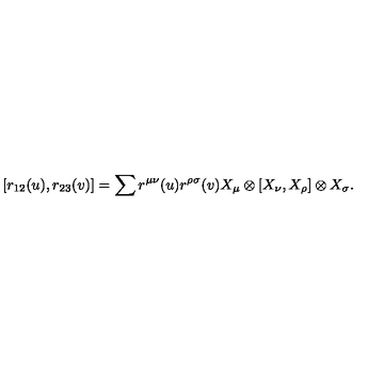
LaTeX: [ r _ { 1 2 } ( u ) , r _ { 2 3 } ( v ) ] = \sum r ^ { \mu \nu } ( u ) r ^ { \rho \sigma } ( v ) X _ { \mu } \otimes [ X _ { \nu } , X _ { \rho } ] \otimes X _ { \sigma } .